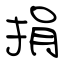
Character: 捐